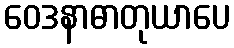
ဝေဒနာဓာတုယာပေ